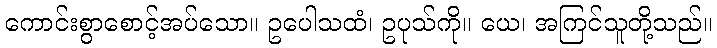
ကောင်းစွာစောင့်အပ်သော။ ဥပေါသထံ၊ ဥပုသ်ကို။ ယေ၊ အကြင်သူတို့သည်။